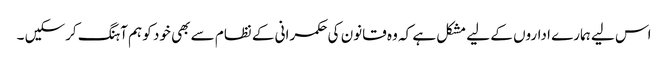
اس لیے ہمارے اداروں کے لیے مشکل ہے کہ وہ قانون کی حکمرانی کے نظام سے بھی خود کو ہم آہنگ کرسکیں ۔